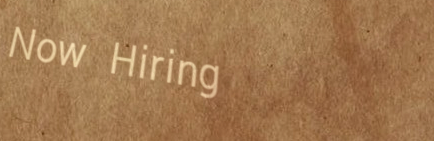
Now Hiring